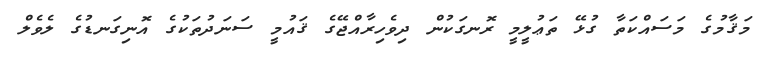
މަޤާމުގެ މަސައްކަތާ ގުޅޭ ތަޢުލީމީ ރޮނގަކުން ދިވެހިރާއްޖޭގެ ޤައުމީ ސަނަދުތަކުގެ އޮނިގަނޑުގެ ލެވެލް